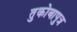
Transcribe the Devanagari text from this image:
तुकोबापुत्र